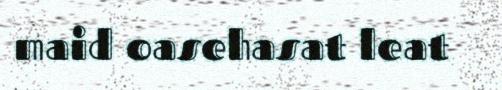
maid oasehasat leat